Vaccination in Bombay 1869-1873 - 1869-1873
Year: 1869
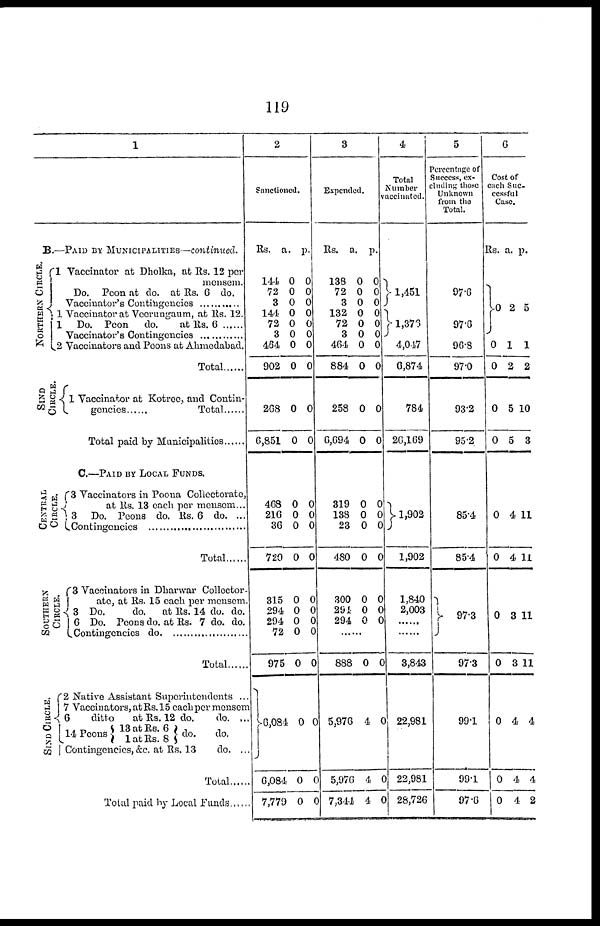
119
1
B.—PAID BY MUNICIPALITIES—continued.
NORTHERN CIRCLE.
1 Vaccinator at Dholka, at Rs. 12 per
mensem.
Do.
Peon at do. at Rs. 6 do.
Vaccinator's Contingencies ................
1 Vaccinator at Veerungaum, at Rs. 12.
1 Do. Peon
do.
at Rs. 6
Vaccinator's Contingencies .................
2 Vaccinators and Peons at Ahmedabad.
Total .......
SIND
CIRCLE.
CENTRAL
CIRCLE.
SOUTHERN
CIRCLE.
SIND CIRCLE.
1 Vaccinator at Kotree, and Contin¬
gencies ........ Total ..........
Total paid by Municipalities
C.—PAID BY LOCAL FUNDS.
3 Vaccinators in Poona Collectorate,
at Rs. 13 each per mensem...
3 Do. Peons do. Rs. 6 do. ...
Contingencies ...............
Total ...........
3 Vaccinators in Dharwar Collector¬
ate, at Rs. 15 each per mensem.
3 Do.
do.
at Rs. 14 do. do.
6 Do. Peons do. at Rs. 7 do. do.
Contingencies do. ............
Total .............
2 Native Assistant Superintendents ..
7 Vaccinators, at Rs. 15 each per mensem
6
ditto
at Rs. 12 do.
do. ...
14 Peons 13 at Rs. 6
1 at Rs. 8
do.
do.
Contingencies, &c. at Rs. 13
do. ..
Total
Total paid by Local Funds
2
Sanctioned.
Rs.
144
72
3
144
72
3
464
902
268
6,851
a.
0
0
0
0
0
0
0
0
0
0
p.
0
0
0
0
0
0
0
0
0
0
468
216
36
720
315
294
294
72
975
6,084
6,084
7,779
0
0
0
0
0
0
0
0
0
0
0
0
0
0
0
0
0
0
0 0
0
0
0
0
3
Expended.
Rs.
138
72
3
132
72
3
464
884
258
6,694
a.
0
0
0
0
0
0
0
0
0
0
p.
0
0
0
0
0
0
0
0
0
0
319
138
23
480
300
294
294
0
0
0
0
0
0
0
0
0
0
0
0
0
0
......
888
5,976
5,976
7,344
0
4
4
4
0
0
0
0
4
Total
Number
vaccinated.
1,451
1,376
4,047
6,874
784
26,169
1,902
1,902
1,840
2,003
......
......
3,843
22,981
22,981
28,726
5
Percentage of
Success, ex-
cluding those
Unknown
from the
Total.
97.6
97.6
96.8
97.0
93.2
95.2
85.4
85.4
97.3
97.3
99.1
99.1
97.6
6
Cost of
each Suc¬
cessful
Case.
Rs.
0
0
0
0
0
a.
2
1
2
5
5
p.
5
1
2
10
3
0
0
0
0
0
0
0
4
4
3
3
4
4
4
11
11
11
11
4
4
2a